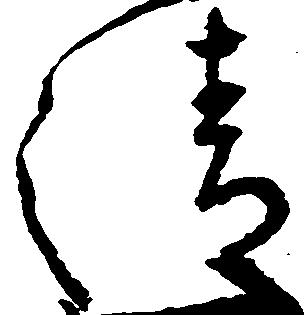
清